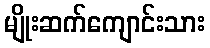
မျိုးဆက်ကျောင်းသား